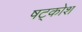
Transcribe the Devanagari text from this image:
षट्कोश